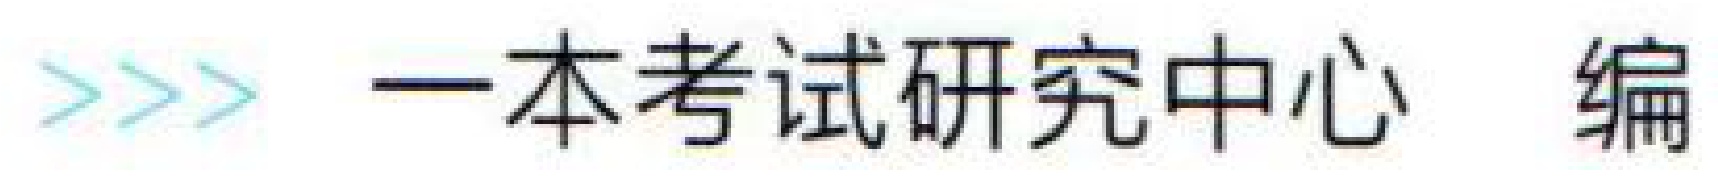
\(\gg\) 一本考试研究中心 编